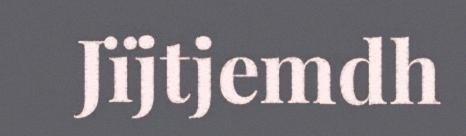
Jïjtjemdh